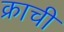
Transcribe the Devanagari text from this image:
क्राची